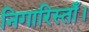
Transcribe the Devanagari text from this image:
निगारिस्ताँ।